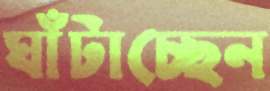
ঘাঁটাচ্ছেন